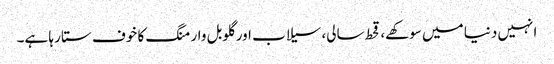
انہیں دنیا میں سوکھے، قحط سالی، سیلاب اور گلوبل وارمنگ کا خوف ستا رہا ہے۔